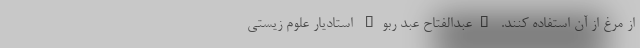
از مرغ از آن استفاده کنند. "عبدالفتاح عبد ربو" استادیار علوم زیستی